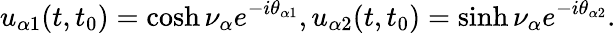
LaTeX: u_{\alpha 1}(t,t_{0})=\cosh\nu_{\alpha}e^{-i\theta_{\alpha 1}},u_{\alpha 2}(t,t_{0})=\sinh\nu_{\alpha}e^{-i\theta_{\alpha 2}}.